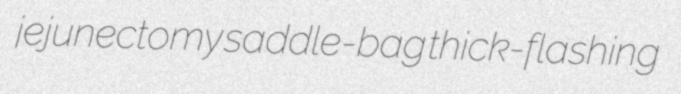
jejunectomy saddle-bag thick-flashing